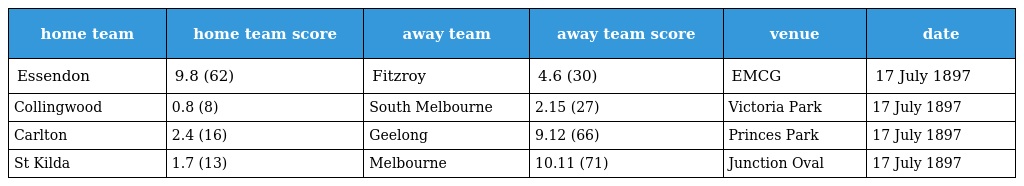
| home team | home team score | away team | away team score | venue | date |
 | --- | --- | --- | --- | --- | --- |
 | Essendon | 9.8 (62) | Fitzroy | 4.6 (30) | EMCG | 17 July 1897 |
 | Collingwood | 0.8 (8) | South Melbourne | 2.15 (27) | Victoria Park | 17 July 1897 |
 | Carlton | 2.4 (16) | Geelong | 9.12 (66) | Princes Park | 17 July 1897 |
 | St Kilda | 1.7 (13) | Melbourne | 10.11 (71) | Junction Oval | 17 July 1897 |